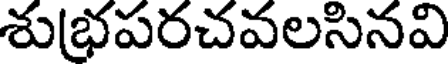
శుభ్రపరచవలసినవి